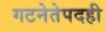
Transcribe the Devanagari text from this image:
गटनेतेपदही